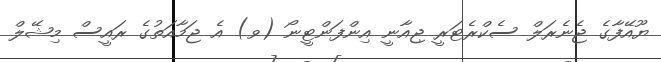
ޔޫއޭފާގެ ޖެނެރަލް ސެކްރެޓަރީ ޖިއާނީ އިންފަންޓީނޯ (ވ) އެ ޖަމާއަތުގެ ރައީސް މިޝޭލް